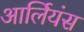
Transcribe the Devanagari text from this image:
आर्लियंस